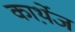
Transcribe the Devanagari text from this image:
कार्थ़ेज